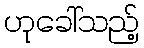
ဟုခေါ်သည့်